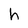
Character: h